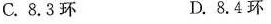
C.8.3环 D.8.4环